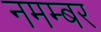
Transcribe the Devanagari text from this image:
नमम्बर